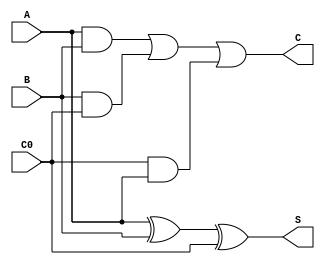
`timescale 1ns / 1ps
//////////////////////////////////////////////////////////////////////////////////
// Company: 
// Engineer: 
// 
// Design Name: 
// Module Name: full_adder
// Project Name: 
// Target Devices: 
// Tool Versions: 
// Description: 
// 
// Dependencies: 
// 
// Revision:
// Revision 0.01 - File Created
// Additional Comments:
// 
//////////////////////////////////////////////////////////////////////////////////


module full_adder( 
    input A,input B,input C0,output C,output S
);
    
    wire S1;
    xor(S1,A,B);
    xor(S,S1,C0);
    
    wire AandB,BandC0,C0andA;
    and(AandB,A,B);
    and(BandC0,B,C0);
    and(C0andA,C0,A);
    
    or(C,AandB,BandC0,C0andA);

endmodule